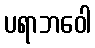
ပရာဘဝေါ